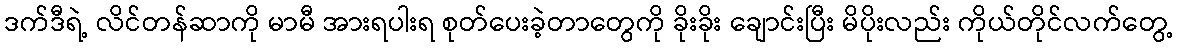
ဒက်ဒီရဲ့ လိင်တန်ဆာကို မာမီ အားရပါးရ စုတ်ပေးခဲ့တာတွေကို ခိုးခိုး ချောင်းပြီး မိပိုးလည်း ကိုယ်တိုင်လက်တွေ့